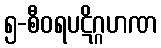
၅-စီဝရပဋိဂ္ဂဟဏ